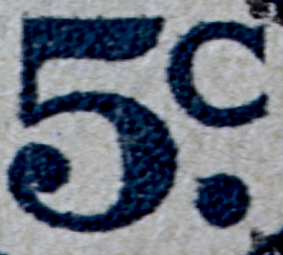
5.C